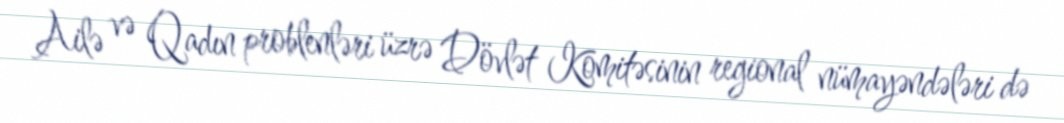
Ailə və Qadın problenləri üzrə Dövlət Komitəsinin regional nümayəndələri də